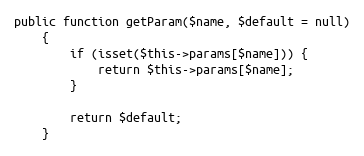
Language: PHP
public function getParam($name, $default = null)
    {
        if (isset($this->params[$name])) {
            return $this->params[$name];
        }

        return $default;
    }